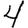
Digit: 4